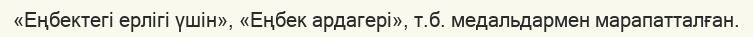
«Еңбектегі ерлігі үшін», «Еңбек ардагері», т.б. медальдармен марапатталған.